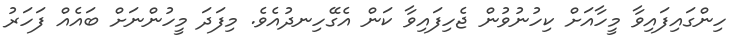
ހިންގައިފައިވާ މީހާއަށް ކިހުނުވުން ޖެހިފައިވާ ކަން އެގޭހިނދުއެވެ. މިފަަދަ މީހުންނަށް ބައެއް ފަަހަރު